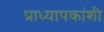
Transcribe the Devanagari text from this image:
प्राध्यापकांशी